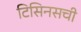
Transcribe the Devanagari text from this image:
टिसिनसची